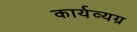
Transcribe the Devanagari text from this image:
कार्यव्यग्र